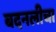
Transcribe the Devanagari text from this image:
बदनलीचा